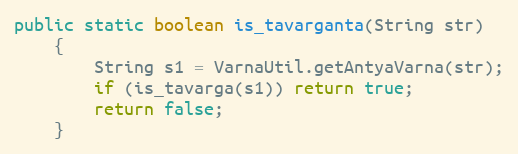
Language: Java
public static boolean is_tavarganta(String str)
    {
        String s1 = VarnaUtil.getAntyaVarna(str);
        if (is_tavarga(s1)) return true;
        return false;
    }